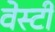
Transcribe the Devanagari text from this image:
वेस्टी